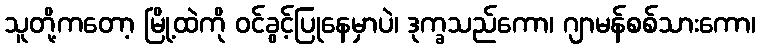
သူတို့ကတော့ မြို့ထဲကို ဝင်ခွင့်ပြုနေမှာပဲ၊ ဒုက္ခသည်ကော၊ ဂျာမန်စစ်သားကော၊